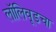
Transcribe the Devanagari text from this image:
लॉलिवूडचा